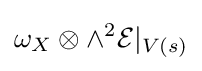
\omega _{X}\otimes \wedge ^{2}{\mathcal {E}}|_{V(s)}